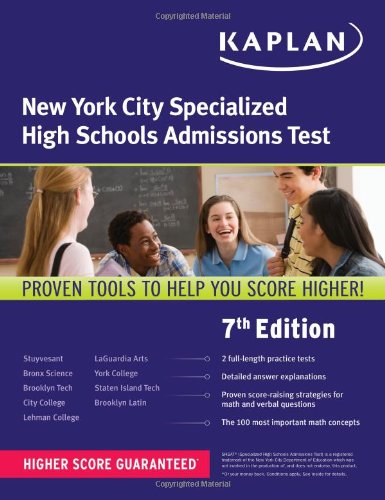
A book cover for Kaplan New York City Specialized High School Admissions Test (Kaplan Test Prep); Kaplan; Test Preparation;